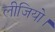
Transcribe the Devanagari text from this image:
लीजियो।